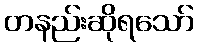
တနည်းဆိုရသော်